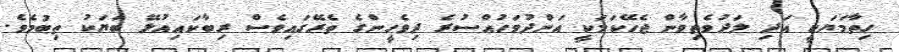
ހިތާމަޔަކީ އަދި ލަދުވެތިވާން ޖެހޭކަމަކީ އަންދުވަހުއްސުރެ ދިވެހީންގެ ތެރޭގައިވެސް ރިބާކައިއުޅޭ ބަޔަކު ތިބުމެވެ.